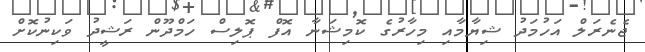
ޖެނެރަލް އަހުމަދު ޝިޔާމާއި މިހާރުގެ ކޮމިޝަނާ އޮފް ޕޮލިސް ހަމްދޫން ރަޝީދު ވަކިނުކޮށް